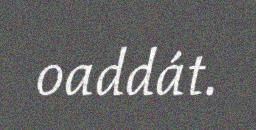
oaddát.